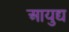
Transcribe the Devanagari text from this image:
आयुद्य